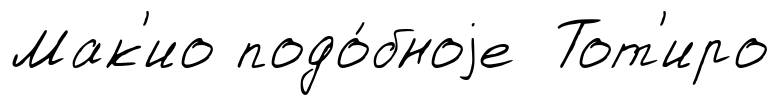
Мак'ио подо́бноjе Тот'иро